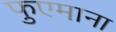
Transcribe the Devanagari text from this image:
फुएमाना